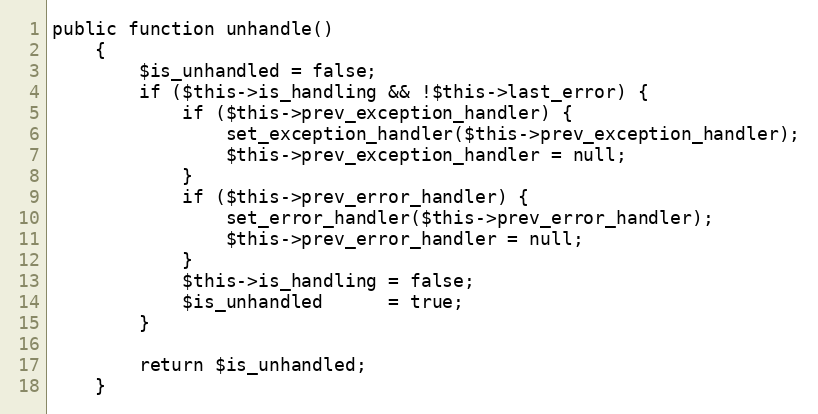
Language: PHP
public function unhandle()
    {
        $is_unhandled = false;
        if ($this->is_handling && !$this->last_error) {
            if ($this->prev_exception_handler) {
                set_exception_handler($this->prev_exception_handler);
                $this->prev_exception_handler = null;
            }
            if ($this->prev_error_handler) {
                set_error_handler($this->prev_error_handler);
                $this->prev_error_handler = null;
            }
            $this->is_handling = false;
            $is_unhandled      = true;
        }

        return $is_unhandled;
    }